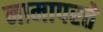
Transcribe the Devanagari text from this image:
नामापरते